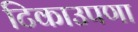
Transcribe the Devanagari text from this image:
टिकाउपणा